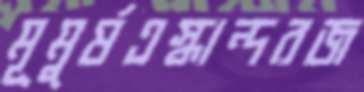
মূমুর্ষএস্কান্দরজ